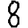
Digit: 8